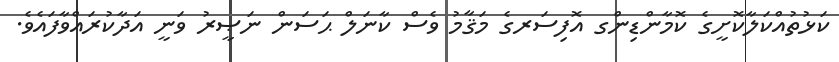
ކަޅުތުއްކަލާކޮށީގެ ކޮމާންޑިންގ އޮފިސަރގެ މަޤާމު ވެސް ކާނަލް ޙަސަން ނަޞީރު ވަނީ އަދާކުރައްވާފައެވެ.